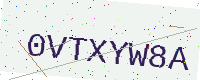
Text: 0VTXYW8A